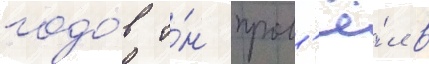
годо́в о́н пров'ё́л в